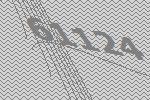
61124